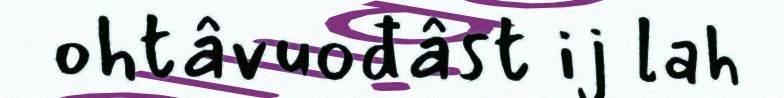
ohtâvuođâst ij lah